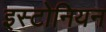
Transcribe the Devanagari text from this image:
इस्टोनियन